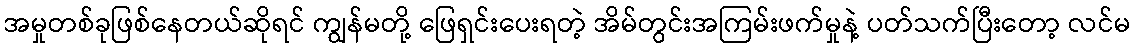
အမှုတစ်ခုဖြစ်နေတယ်ဆိုရင် ကျွန်မတို့ ဖြေရှင်းပေးရတဲ့ အိမ်တွင်းအကြမ်းဖက်မှုနဲ့ ပတ်သက်ပြီးတော့ လင်မ